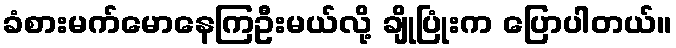
ခံစားမက်မောနေကြဦးမယ်လို့ ချိုပြုံးက ပြောပါတယ်။